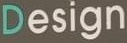
Design